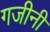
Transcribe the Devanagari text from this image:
गजीनी